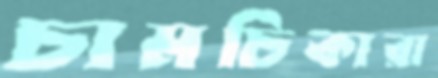
চামচিকারা